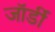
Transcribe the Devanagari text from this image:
जॉर्डी